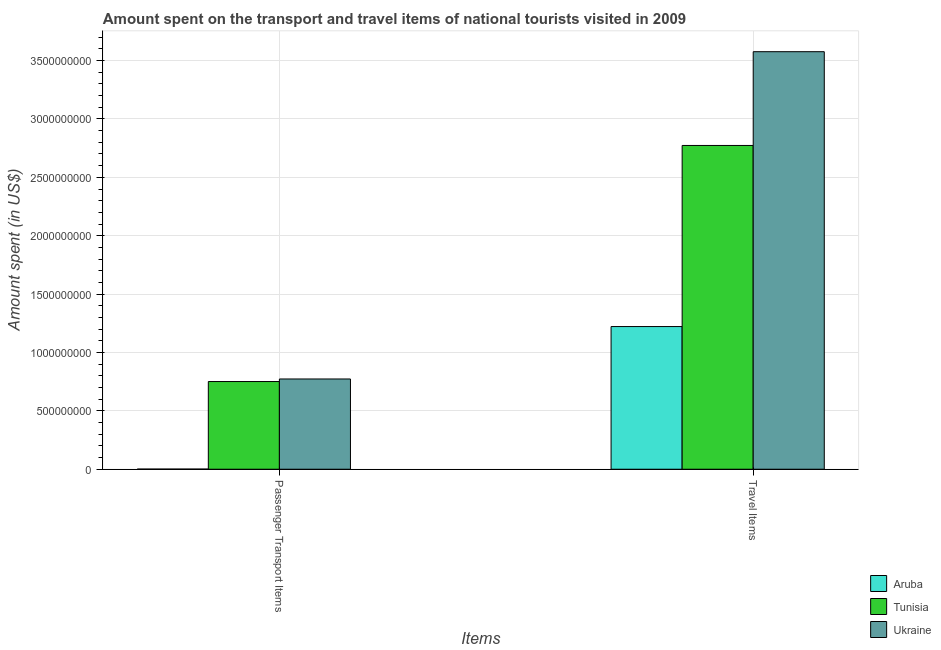
| Items | Aruba | Tunisia | Ukraine |
 | --- | --- | --- | --- |
 | Passenger Transport Items | 1.2e+06 | 7.51e+08 | 7.73e+08 |
 | Travel Items | 1.22e+09 | 2.77e+09 | 3.58e+09 |